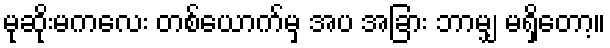
မုဆိုးမကလေး တစ်ယောက်မှ အပ အခြား ဘာမျှ မရှိတော့။